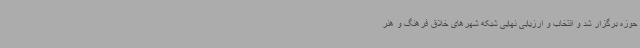
حوزه برگزار شد و انتخاب و ارزیابی نهایی شبکه شهرهای خلاق فرهنگ و هنر